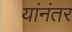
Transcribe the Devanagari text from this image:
यांनंतर